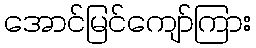
အောင်မြင်ကျော်ကြား